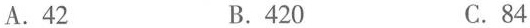
A.42 B.420 C.84